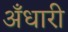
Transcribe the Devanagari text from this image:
अँधारी